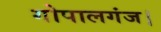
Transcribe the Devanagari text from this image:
गोपालगंज।